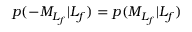
p ( - { M } _ { L _ { f } } \vert L _ { f } ) = p ( { M } _ { L _ { f } } \vert L _ { f } )